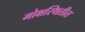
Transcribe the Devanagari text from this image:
मोक्षस्थितीत